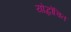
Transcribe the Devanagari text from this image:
योद्धोचित